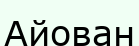
Айован